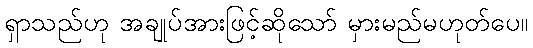
ရှာသည်ဟု အချုပ်အားဖြင့်ဆိုသော် မှားမည်မဟုတ်ပေ။